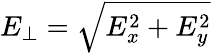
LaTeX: E_{\perp}=\sqrt{E_{x}^{2}+E_{y}^{2}}